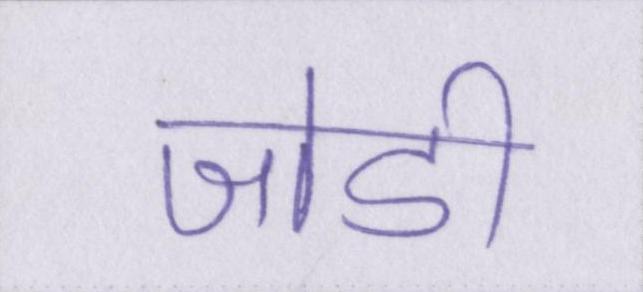
जोडी